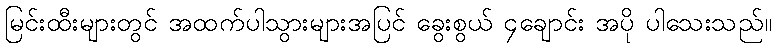
မြင်းထီးများတွင် အထက်ပါသွားများအပြင် ခွေးစွယ် ၄ချောင်း အပို ပါသေးသည်။